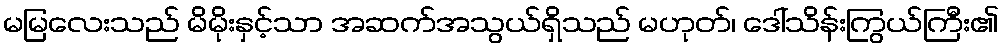
မမြလေးသည် မိမိုးနှင့်သာ အဆက်အသွယ်ရှိသည် မဟုတ်၊ ဒေါ်သိန်းကြွယ်ကြီး၏